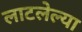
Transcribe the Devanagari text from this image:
लाटलेल्या